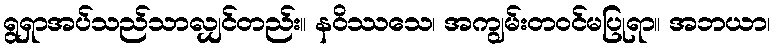
ရွရှာအပ်သည်သာလျှင်တည်း။ နဝိဿသေ၊ အကျွမ်းတဝင်မပြုရာ။ အဘယာ၊